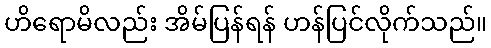
ဟိရောမိလည်း အိမ်ပြန်ရန် ဟန်ပြင်လိုက်သည်။